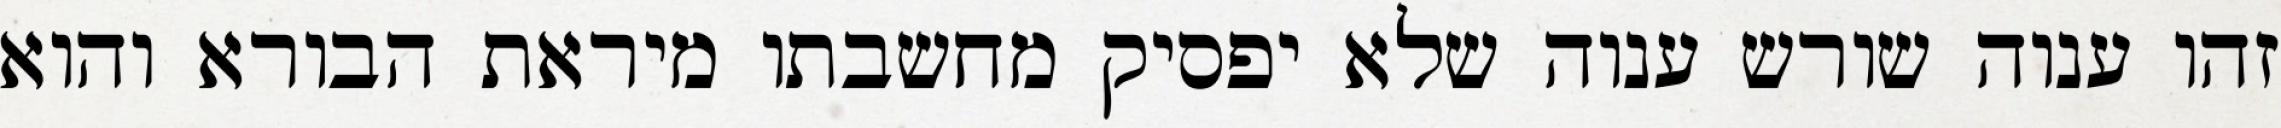
זהו ענוה שורש ענוה שלא יפסיק מחשבתו מיראת הבורא והוא